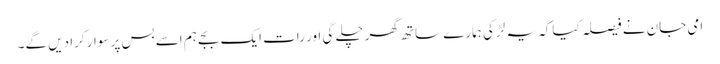
امی جان نے فیصلہ کیا کہ یہ لڑکی ہمارے ساتھ گھر چلے گی اور رات ایک بجے ہم اسے بس پر سوار کرا دیں گے۔